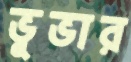
ভূভার